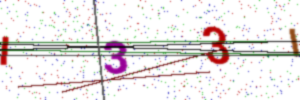
Text: I33I